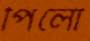
পিলো